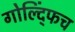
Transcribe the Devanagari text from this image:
गोल्द्फिंच